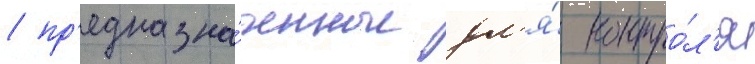
/ пр'едназна́ченные дл'я́ контро́л'я